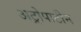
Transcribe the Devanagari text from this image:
अट्रोपाटीन